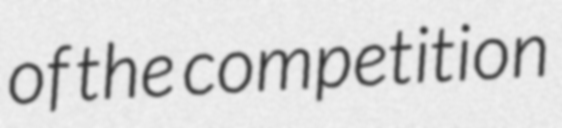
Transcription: of the competition